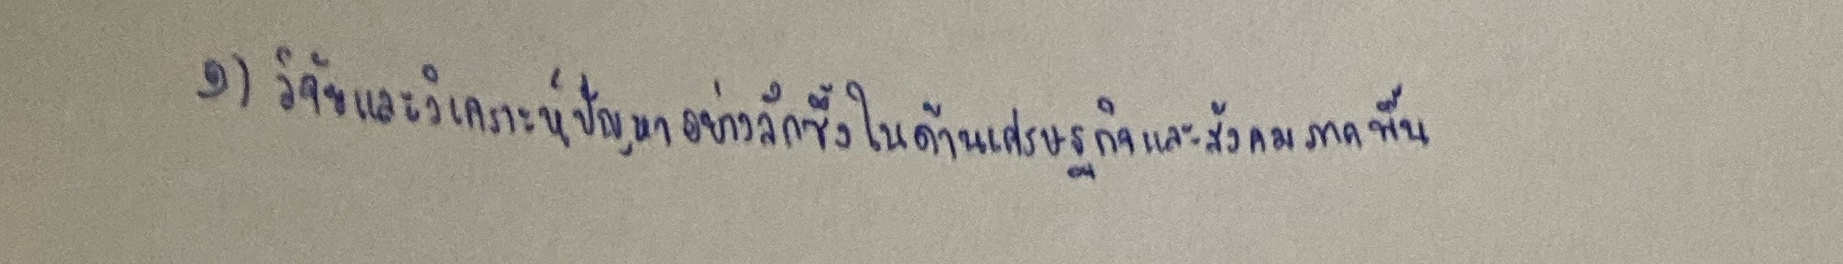
๑)วิจัยและวิเคราะห์ปัญหาอย่างลึกซึ้งในด้านเศรษฐกิจและสังคมของภาคพื้น